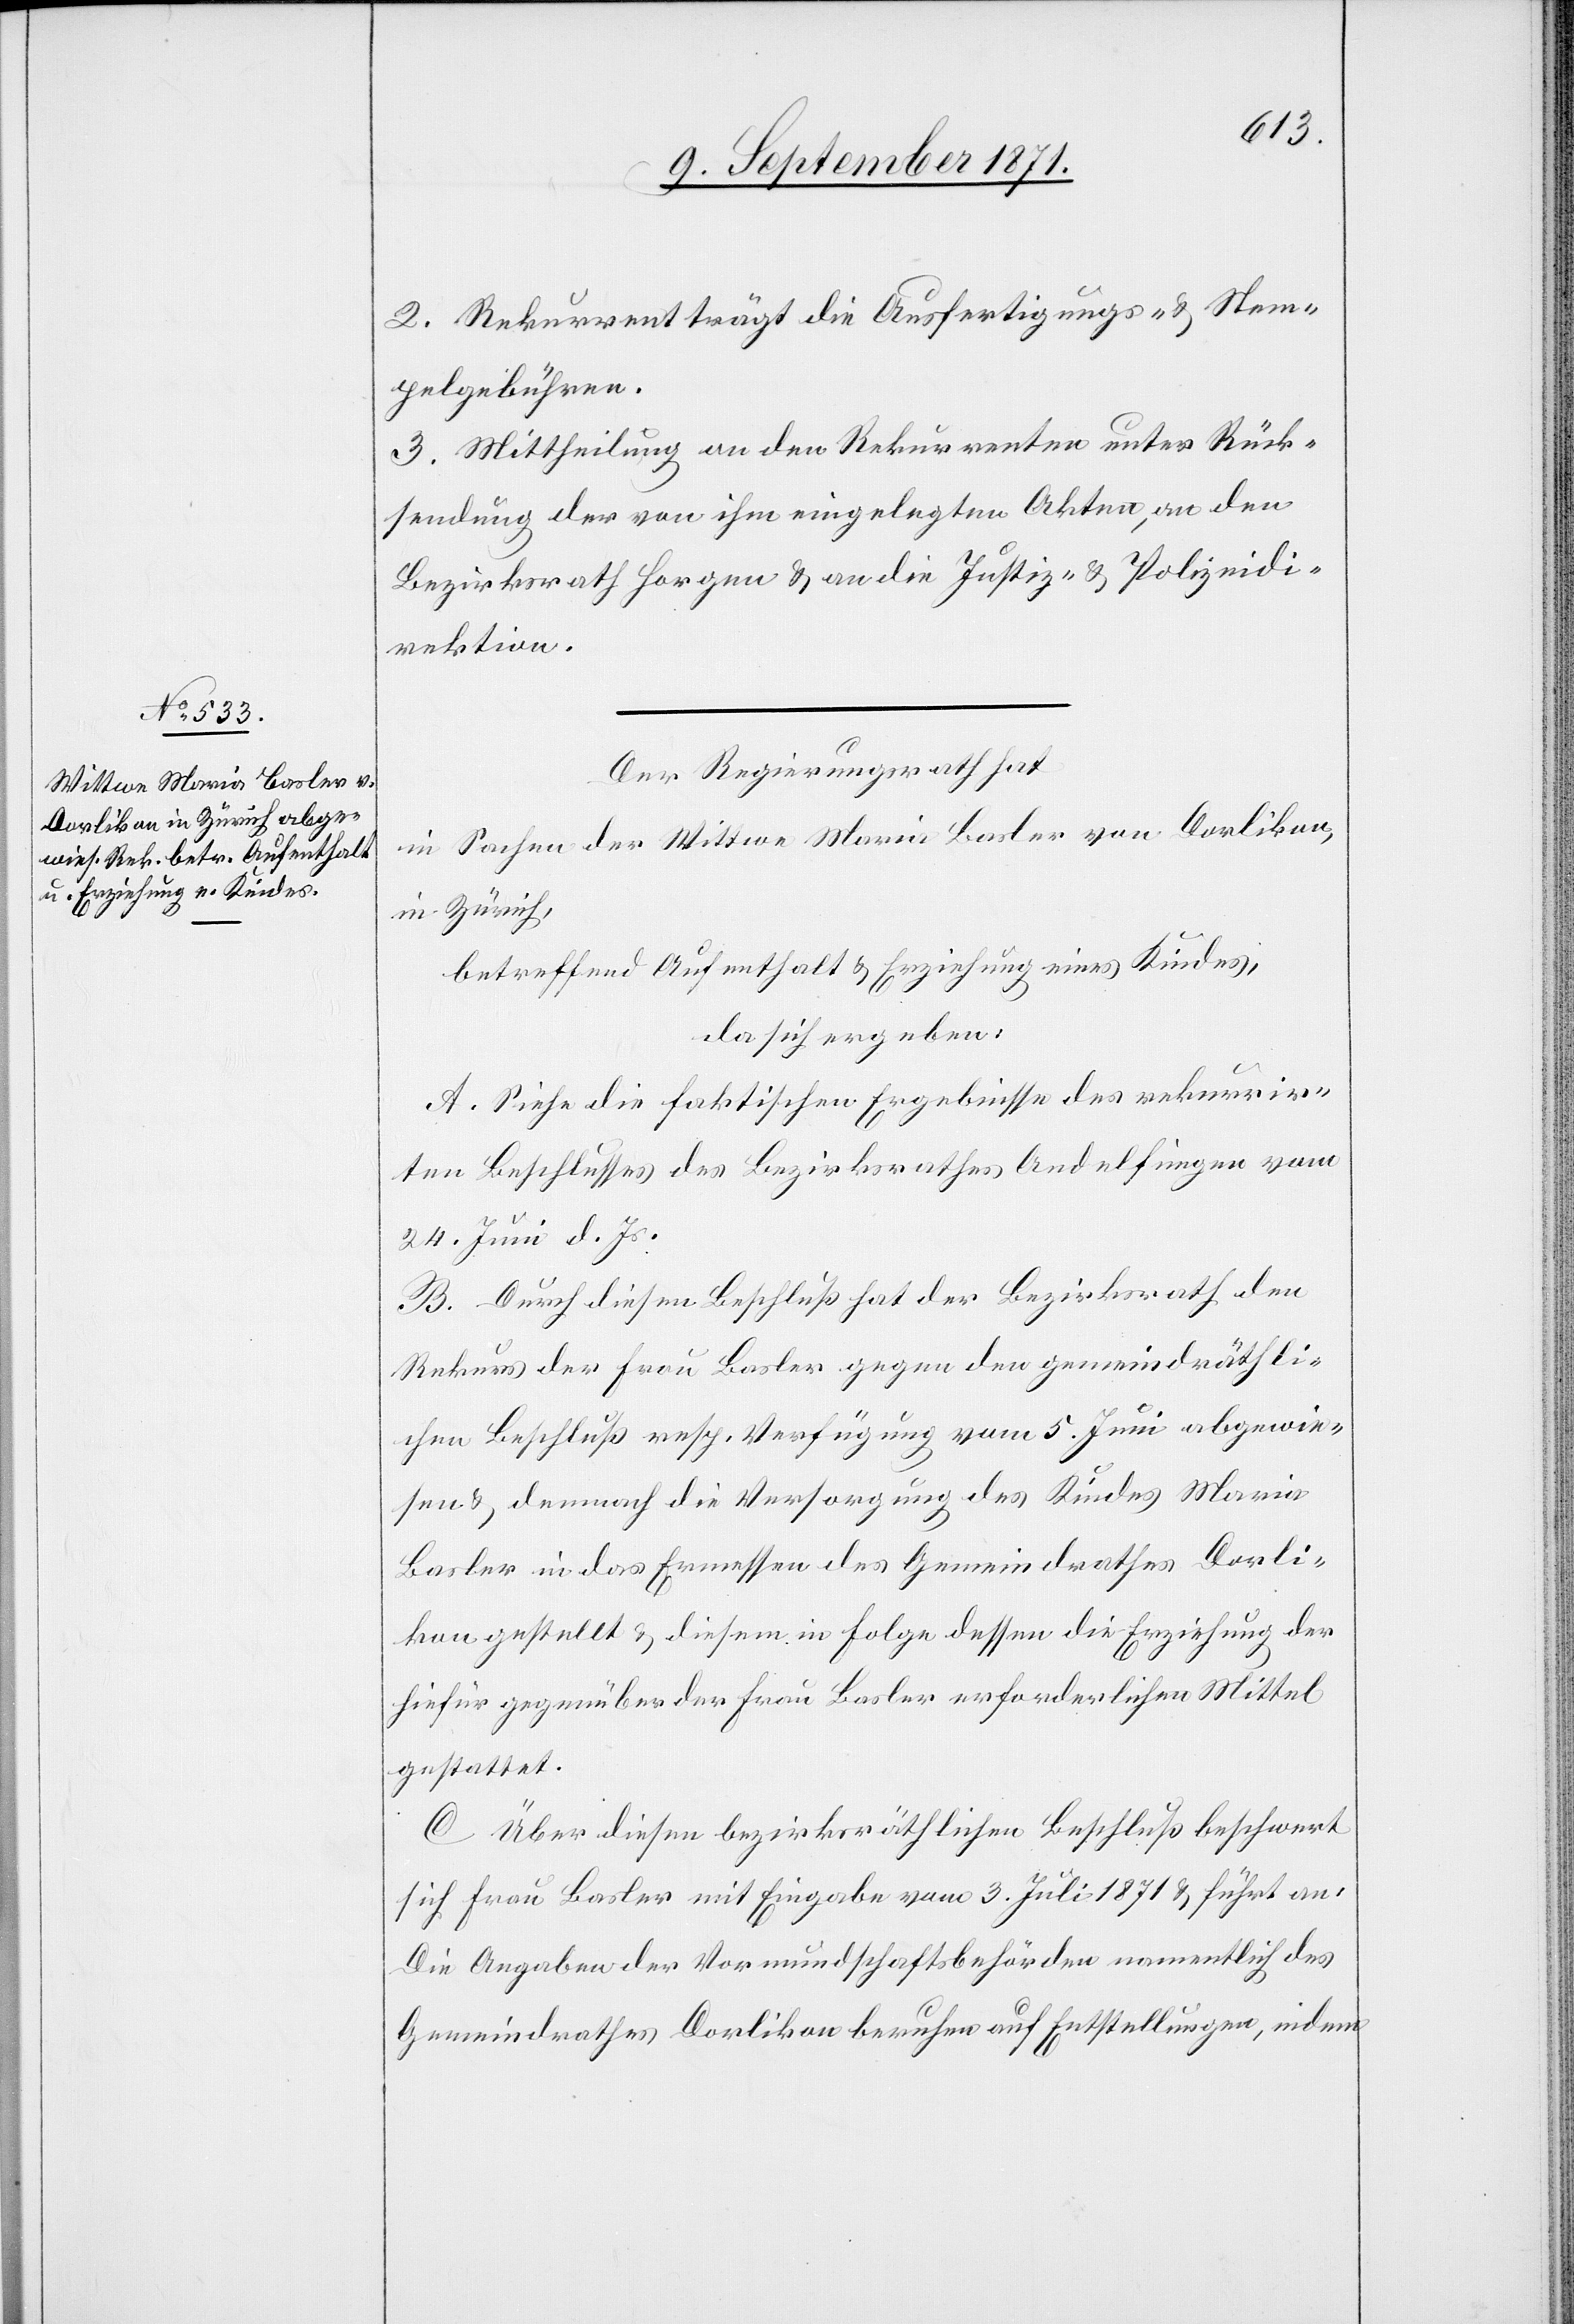
2. Rekurrent trägt die Ausfertigungs- & Stem¬
pelgebühren.
3. Mittheilung an den Rekurrenten unter Rück¬
sendung der von ihm eingelegten Akten an den
Bezirksrath Horgen & an die Justiz- & Polizeidi¬
rektion.
Der Regierungsrath hat
in Sachen der Wittwe Maria Basler von Oerlikon,
in Zürich,
betreffend Aufenthalt & Erziehung eines Kindes,
da sich ergeben:
A. Siehe die faktischen Ergebnisse des rekurrir¬
ten Beschlusses des Bezirksrathes Andelfingen vom
24. Juni d. Js.
B. Durch diesen Beschluß hat der Bezirksrath den
Rekurs der Frau Basler gegen den gemeindräthli¬
chen Beschluß resp. Verfügung vom 5. Juni abgewie¬
sen & demnach die Versorgung des Kindes Maria
Basler in das Ermessen des Gemeindrathes Oerli¬
kon gestellt & diesem in Folge dessen die Erziehung der
hiefür gegenüber der Frau Basler erforderlichen Mittel
gestattet.
C. Über diesen bezirksräthlichen Beschluß beschwert
sich Frau Basler mit Eingabe vom 3. Juli 1871 & führt an:
Die Angaben der Vormundschaftsbehörde namentlich des
Gemeindrathes Oerlikon beruhen auf Entstellungen, indem